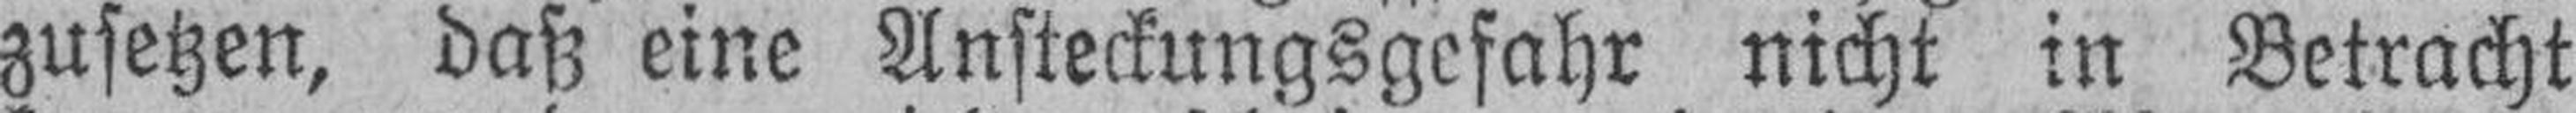
zusetzen, daß eine Ansteckungsgefahr nicht in Betracht